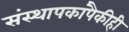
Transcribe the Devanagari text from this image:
संस्थापकांपैकीही